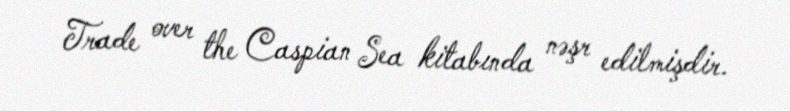
Trade over the Caspian Sea kitabında nəşr edilmişdir.